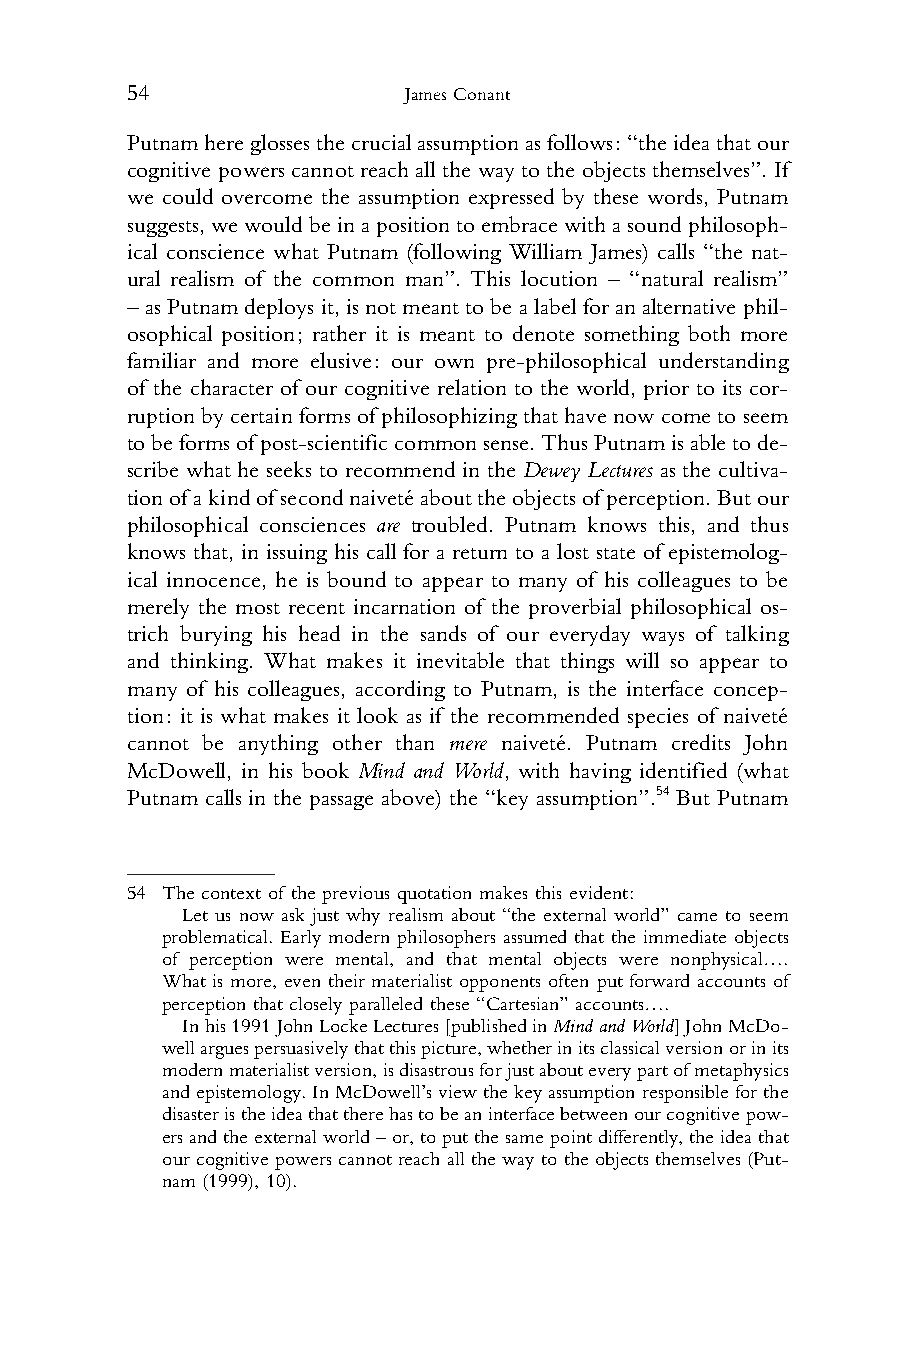
54                 James Conant
 1 Putnamhereglossesthecrucialassumptionasfollows:“theideathatour
 2 cognitive powers cannot reach all the way tothe objects themselves”. If
 3 we could overcome the assumption expressed by these words, Putnam
 4 suggests,wewouldbeinapositiontoembracewithasoundphilosoph-
 5 ical conscience what Putnam (following William James) calls “the nat-
 6 ural realism of the common man”. This locution – “natural realism”
 7 –asPutnam deploysit,isnot meanttobea labelforanalternative phil-
 8 osophical position; rather it is meant to denote something both more
 9 familiar and more elusive: our own pre-philosophical understanding
 10 of the character of our cognitive relation to the world, prior to its cor-
 11 ruptionbycertain formsofphilosophizingthat havenowcometoseem
 12 tobeformsofpost-scientificcommonsense.ThusPutnamisabletode-
 13 scribe what he seeks to recommend in the Dewey Lectures as the cultiva-
 14 tionofakindofsecondnaivetéabouttheobjectsofperception.Butour
 15 philosophical consciences are troubled. Putnam knows this, and thus
 16
 knows that, in issuing his call for a return to a lost state of epistemolog-
 17
 ical innocence, he is bound to appear to many of his colleagues to be
 18
 merely the most recent incarnation of the proverbial philosophical os-
 19
 trich burying his head in the sands of our everyday ways of talking
 20
 and thinking. What makes it inevitable that things will so appear to
 21
 many of his colleagues, according to Putnam, is the interface concep-
 22
 tion: it is what makes it look as if the recommended species of naiveté
 23
 cannot be anything other than mere naiveté. Putnam credits John
 24
 McDowell, in his book Mind and World, with having identified (what
 25
 Putnam calls in the passage above) the “key assumption”.54 But Putnam
 26
 27
 28
 29 54 The context of the previous quotation makes this evident:
 30     Let us now ask just why realism about “the external world” came to seem
 31    problematical. Early modern philosophers assumed that the immediate objects
 of perception were mental, and that mental objects were nonphysical….
 32
 What is more, even their materialist opponents often put forward accounts of
 33
 perception that closely paralleled these “Cartesian” accounts….
 34     Inhis1991JohnLockeLectures[publishedinMindandWorld]JohnMcDo-
 35    wellarguespersuasivelythatthispicture,whetherinitsclassicalversionorinits
 36    modernmaterialistversion,isdisastrousforjustabouteverypartofmetaphysics
 andepistemology.InMcDowell’sviewthekeyassumptionresponsibleforthe
 37
 disasteristheideathattherehastobeaninterfacebetweenourcognitivepow-
 38
 ersandtheexternalworld–or,toputthesamepointdifferently,theideathat
 39    our cognitive powers cannot reach all the way to the objects themselves (Put-
 40    nam (1999), 10).